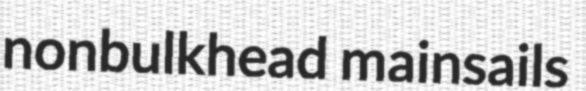
nonbulkhead mainsails